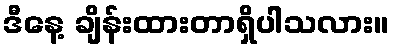
ဒီနေ့ ချိန်းထားတာရှိပါသလား။